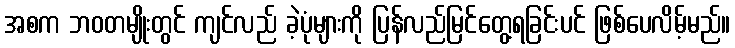
အစက ဘဝတမျိုးတွင် ကျင်လည် ခဲ့ပုံများကို ပြန်လည်မြင်တွေ့ရခြင်းပင် ဖြစ်ပေလိမ့်မည်။